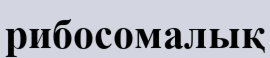
рибосомалық